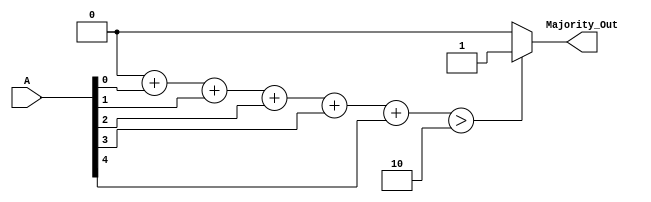
module MajorityVotingDetector (
    input wire [4:0] A,          // 5 input signals
    output reg Majority_Out      // Majority output
);

    integer count_ones;          // Counter for number of 1s
    integer i;

    always @(*) begin
        count_ones = 0;          // Initialize count of 1s

        // Count the number of 1s in the input signals
        for (i = 0; i < 5; i = i + 1) begin
            count_ones = count_ones + A[i];
        end

        // Determine the majority output
        if (count_ones > 2) begin  // More than half of 5 (which is 2)
            Majority_Out = 1'b1;   // Majority is 1
        end else begin
            Majority_Out = 1'b0;   // Majority is 0
        end
    end

endmodule